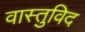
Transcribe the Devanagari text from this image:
वास्‍तुविद